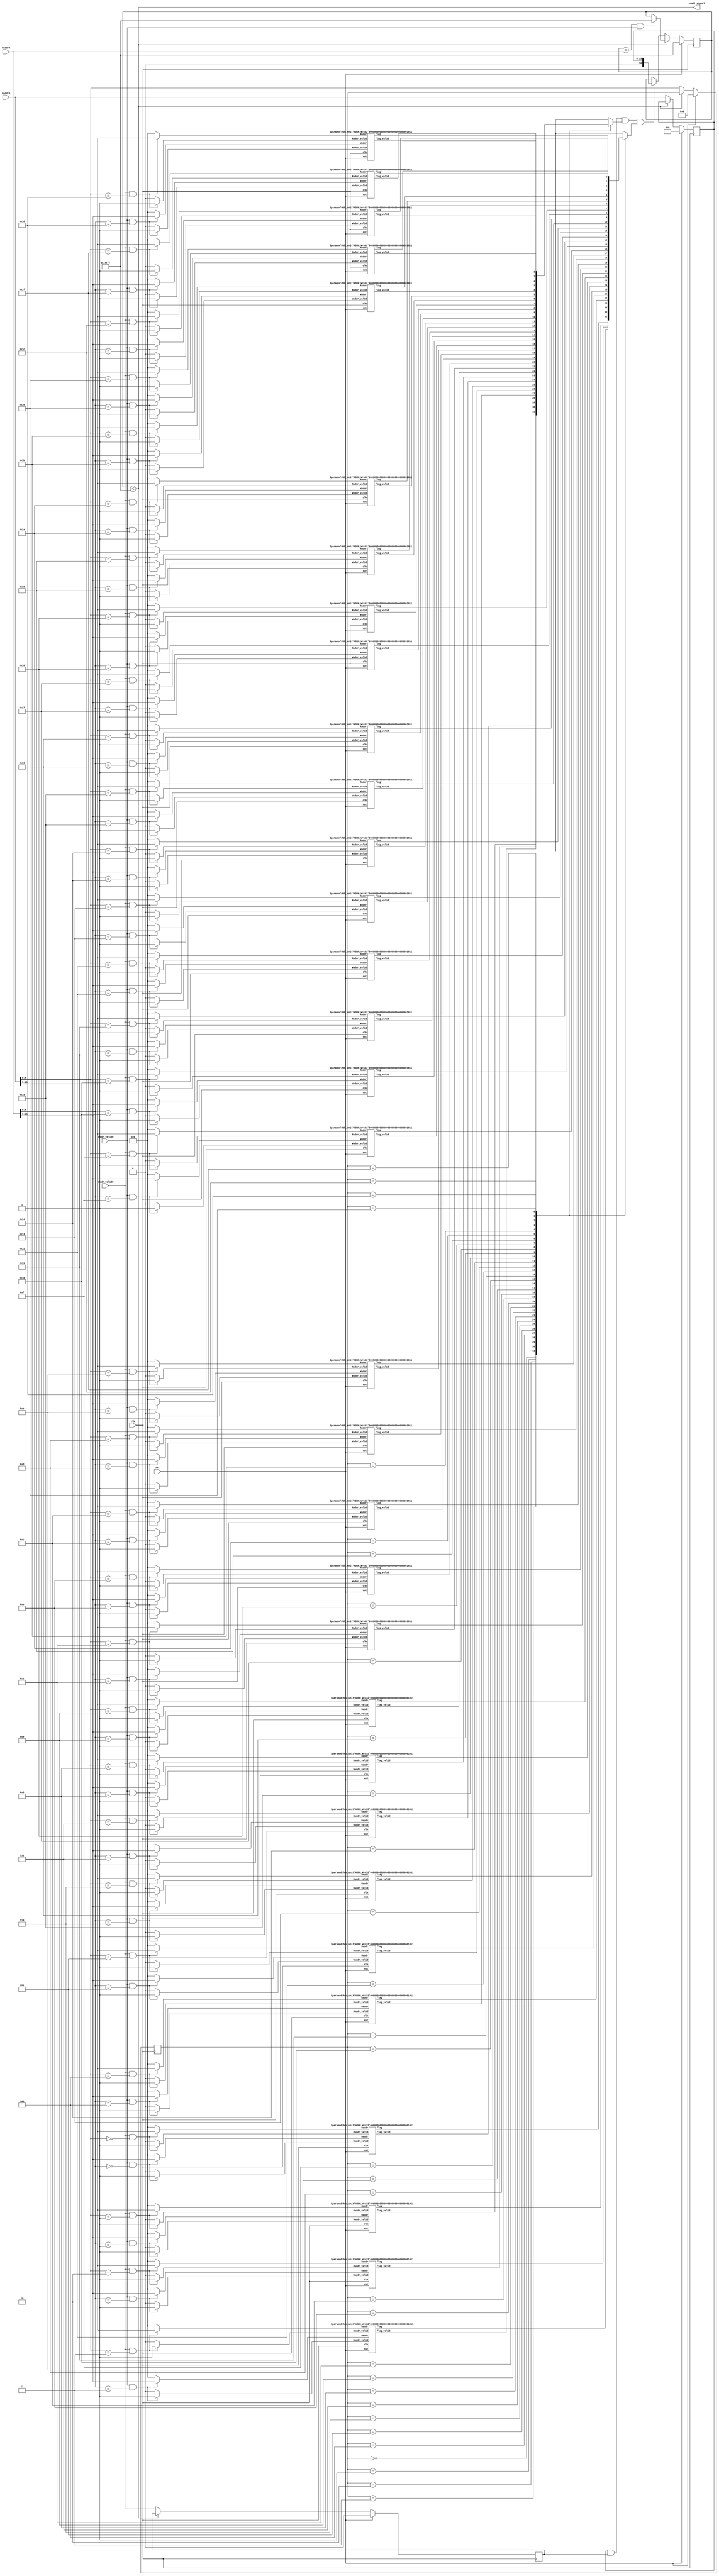
module hdux1 # (
	parameter ADDR_W = 16,
	parameter Bank_Num_W = 5
)(
	input   wire clk,
	input   wire rst,
	input   wire [ADDR_W-1:0] Raddr0,	
	input   wire [ADDR_W-1:0] Waddr0,		
	input   wire Raddr_valid0,	
	input   wire Waddr_valid0,	
	output	wire stall_signal	
);
    
localparam Bank_Num = (2**Bank_Num_W);
localparam Port_Num = 1;

wire flag_valid0;
wire flag0;

wire [ADDR_W-Bank_Num_W-1:0] bank_raddr [Bank_Num-1:0];
wire [ADDR_W-Bank_Num_W-1:0] bank_waddr [Bank_Num-1:0];
wire [0:0] bank_rvalid [Bank_Num-1:0];
wire [0:0] bank_wvalid [Bank_Num-1:0];
wire [0:0] bank_fvalid [Bank_Num-1:0];
wire [0:0] bank_flag   [Bank_Num-1:0];

reg	 [Bank_Num_W-1:0] sel [Port_Num-1:0];
reg	 [ADDR_W:0]		lock [Port_Num-1:0];
reg	 [ADDR_W-1:0]	Raddr_reg [Port_Num-1:0];
reg	 [0:0]	Raddr_valid_reg [Port_Num-1:0];

genvar numbank; 
generate for(numbank=0; numbank < Bank_Num; numbank = numbank+1) 
	begin: elements	
		hdu_unit # (.ADDR_W(ADDR_W-Bank_Num_W))	hdu_bank (
			.clk(clk),
			.rst(rst),
			.Raddr(bank_raddr[numbank]),
			.Waddr(bank_waddr[numbank]),
			.Raddr_valid(bank_rvalid[numbank]),
			.Waddr_valid(bank_wvalid[numbank]),
			.flag_valid(bank_fvalid[numbank]),
			.flag(bank_flag[numbank])
		);
	end
endgenerate 
	
genvar i;
generate for(i=0; i<Bank_Num; i=i+1)  
   begin: read_addr assign bank_raddr[i] = (Raddr_valid0 && Raddr0[Bank_Num_W-1:0] == i) ? Raddr0[ADDR_W-1: Bank_Num_W] : {(ADDR_W-Bank_Num_W){1'b0}};	  
   end 
endgenerate
	
generate for(i=0; i<Bank_Num; i=i+1)  
   begin: write_addr assign bank_waddr[i] = (Waddr_valid0 && Waddr0[Bank_Num_W-1:0] == i) ? Waddr0[ADDR_W-1: Bank_Num_W] : {(ADDR_W-Bank_Num_W){1'b0}};	
   end 
endgenerate
																			
generate for(i=0; i<Bank_Num; i=i+1)  
   begin: read_valid assign bank_rvalid[i] = (Raddr_valid0 && Raddr0[Bank_Num_W-1:0] == i) ? 1'b1 : 1'b0;
   end 
endgenerate
							
generate for(i=0; i<Bank_Num; i=i+1)  
   begin: write_valid assign bank_wvalid[i] = (Waddr_valid0 && Waddr0[Bank_Num_W-1:0] == i) ? 1'b1 : 1'b0;
   end 
endgenerate
							

wire stall;	
assign stall = (lock[0]<{(ADDR_W+1){1'b1}});
assign stall_signal = stall;
	
always @(posedge clk) begin
	if(rst) begin
		lock[0] <= {(ADDR_W+1){1'b1}};   			
	end else begin
		if(stall_signal) begin
			if((lock[0] == {1'b0, Waddr0} && Waddr_valid0)) begin
				lock[0] <= {(ADDR_W+1){1'b1}};
			end  
			
		end else begin
			if(Raddr_reg [0] && Raddr_valid_reg [0] && flag_valid0 && flag0) begin 
				lock[0] <= {1'b0, Raddr_reg [0]}; 
			end			
		end
	end
end
							

always @(posedge clk) begin
	if(rst) begin
		sel[0] <=0;		
		Raddr_reg [0] <= {(ADDR_W){1'b0}};		
		Raddr_valid_reg [0] <= 1'b0;		
	end else begin
		if(~stall) begin
			sel[0] <= Raddr0[Bank_Num_W-1:0];						
			Raddr_reg [0] <= Raddr0;			
			Raddr_valid_reg [0] <= Raddr_valid0;				
		end else begin
			sel[0] <= sel[0];									 
			Raddr_reg [0] <= Raddr_reg [0];			
			Raddr_valid_reg [0] <= Raddr_valid_reg [0];			
		end
	end
end

assign flag_valid0 = bank_fvalid[sel[0]];
assign flag0 = bank_flag[sel[0]];

endmodule

module bram #(
    parameter DATA = 1,
    parameter ADDR = 16
) (
    // Port A
    input   wire                clk,
    input   wire                a_wr,
    input   wire    [ADDR-1:0]  a_addr,
    input   wire    [DATA-1:0]  a_din,
    output  reg     [DATA-1:0]  a_dout,
     
    // Port B
    //input   wire                b_clk,
    input   wire                b_wr,
    input   wire    [ADDR-1:0]  b_addr,
    input   wire    [DATA-1:0]  b_din,
    output  reg     [DATA-1:0]  b_dout
);
 
 reg [DATA-1:0] mem [(2**ADDR)-1:0];
 
// Port A
always @(posedge clk) begin
    a_dout      <= mem[a_addr];
    if(a_wr) begin
        a_dout      <= a_din;
        mem[a_addr] <= a_din;
    end
end

// Port B
always @(posedge clk) begin
    b_dout      <= mem[b_addr];
    if(b_wr && (~a_wr || b_addr != a_addr)) begin
        b_dout      <= b_din;
        mem[b_addr] <= b_din;
    end
end

endmodule 

module hdu_unit # (
    parameter ADDR_W = 16
)(
	input   wire clk,
	input   wire rst,
	input   wire [ADDR_W-1:0] Raddr,
	input   wire [ADDR_W-1:0] Waddr,
	input   wire Raddr_valid,
	input   wire Waddr_valid,
	output  reg  flag_valid,
	output  reg  flag
);
    
    wire bram_flag_outA;
    wire bram_flag_outB;
    
    always @(posedge clk) begin
        if(rst) begin
            flag_valid <=1'b0;
            flag <=1'b0;
        end else begin
            flag_valid <= Raddr_valid;
            flag <= bram_flag_outA;            
        end    
    end 
    bram # (.DATA(1),  .ADDR(ADDR_W))
    hdu_ram(
        .clk(clk),
        .a_wr(Raddr_valid),
        .a_addr(Raddr),
        .a_din(1'b1),
        .a_dout(bram_flag_outA),
        .b_wr(Waddr_valid),
        .b_addr(Waddr),
        .b_din(1'b0),
        .b_dout(bram_flag_outB)
    );    
endmodule